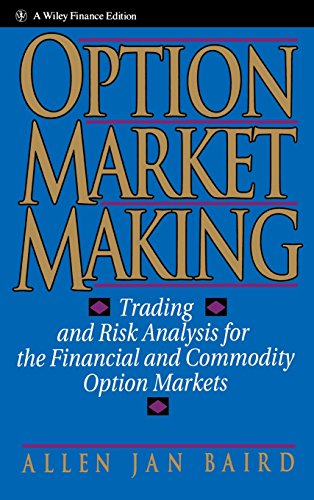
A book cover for Option Market Making: Trading and Risk Analysis for the Financial and Commodity Option Markets; Allen Jan Baird; Business & Money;